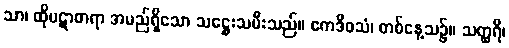
သာ၊ ထိုပဋာစာရာ အမည်ရှိသော သဋ္ဌေးသမီးသည်။ ဧကဒိဝသံ၊ တစ်နေ့သ၌။ သတ္ထရိ၊